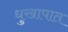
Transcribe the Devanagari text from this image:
धुखापात